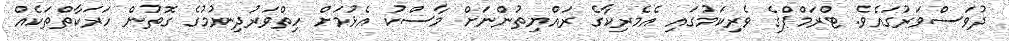
ދުވަސްވަރުގައެވެ. ޓްރަމްޕްގެ ވެރިކަމުގައި އެމެރިކާގެ ރައްޔިތުންނަށް މާސްކު އެޅުމަށް ހިތްވަރުދިނުމުގެ ގޮތުން ހަރަކާތްތަކެއް